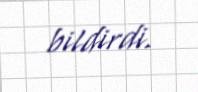
bildirdi.